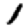
Digit: 1